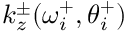
k _ { z } ^ { \pm } ( \omega _ { i } ^ { + } , \theta _ { i } ^ { + } )